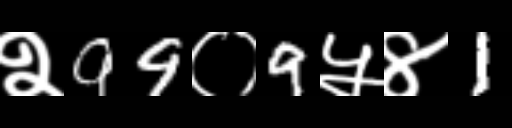
Text: २99०9५४1